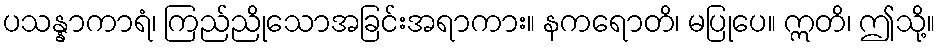
ပသန္နာကာရံ၊ ကြည်ညိုသောအခြင်းအရာကား။ နကရောတိ၊ မပြုပေ။ ဣတိ၊ ဤသို့။